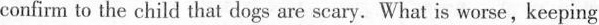
confirm to the child that dogs are scary. What is worse, keeping